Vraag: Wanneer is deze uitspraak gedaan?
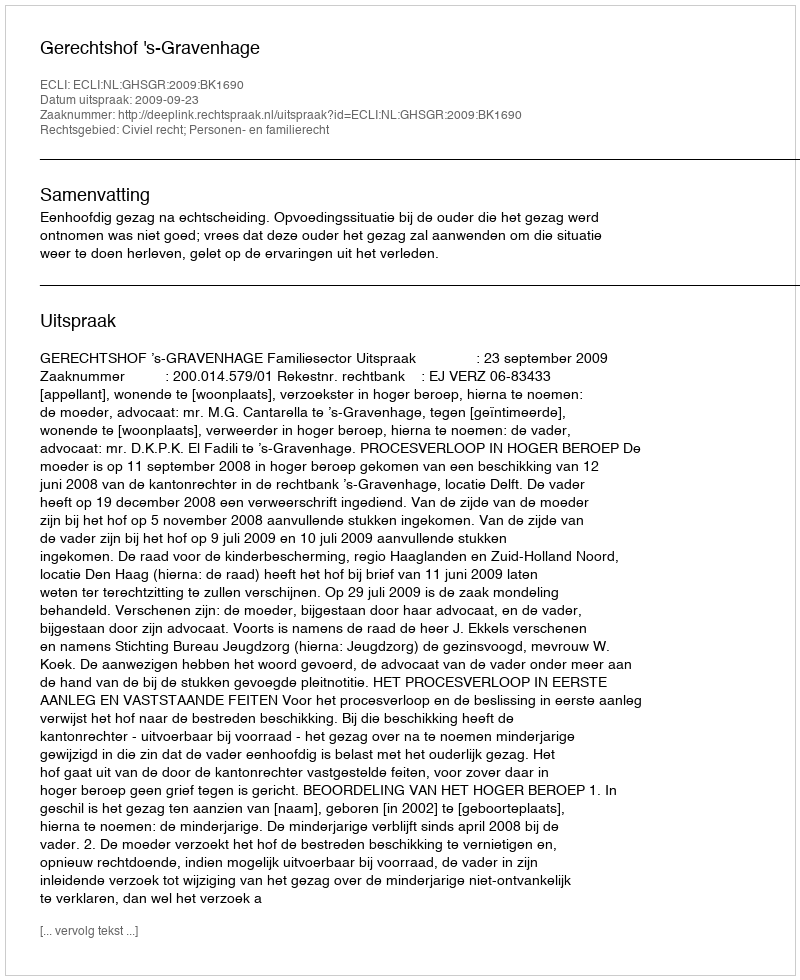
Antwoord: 2009-09-23